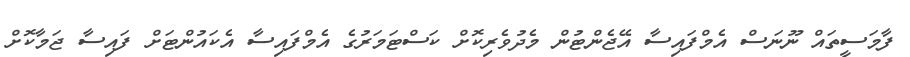
ފާމަސީތައް ނޫނަސް އެމްފައިސާ އޭޖެންޓުން މެދުވެރިކޮށް ކަސްޓަމަރުގެ އެމްފައިސާ އެކައުންޓަށް ފައިސާ ޖަމާކޮށް